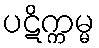
ပဋိက္ကမ္မ